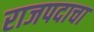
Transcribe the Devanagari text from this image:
राजपदाचा